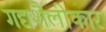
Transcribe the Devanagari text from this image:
गद्यशैलीकार